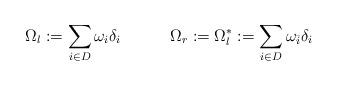
LaTeX: \begin{align*}\Omega_l:=\sum_{i\in D} \omega_i \delta_i\quad\quad\quad\Omega_r:=\Omega_l^*:=\sum_{i\in D} \omega_{\bar i} \delta_i \end{align*}